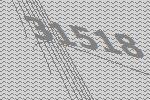
31518